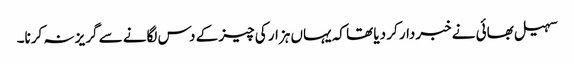
سہیل بھائی نے خبردار کر دیا تھا کہ یہاں ہزار کی چیز کے دس لگانے سے گریز نہ کرنا۔